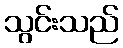
သွင်းသည်